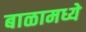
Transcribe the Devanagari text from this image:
बाळामध्ये